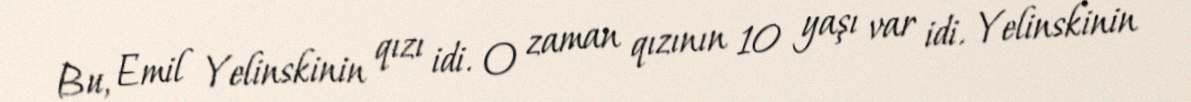
Bu, Emil Yelinskinin qızı idi. O zaman qızının 10 yaşı var idi. Yelinskinin